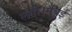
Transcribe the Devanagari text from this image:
लगीं।मुंबई